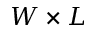
W \times L